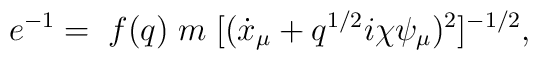
e^{-1} = \; f(q) \; m \;[(\dot x_{\mu} +q^{1/2} i \chi \psi_{\mu})^2 ]^{-1/2},